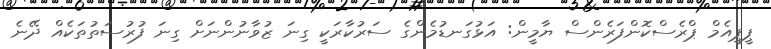
ޕީޕީއެމް ޕްރެސްކޮންފަރެންސް ޔާމީން: އަޅުގަނޑުމެންގެ ސަރުކާރަކީ ގިނަ ޒުވާނުންނަށް ގިނަ ފުރުސަތުތަކެއް ދޭނެ